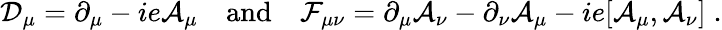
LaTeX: \mathcal{D}_{\mu}=\partial_{\mu}-ie\mathcal{A}_{\mu}\quad\mathrm{and}\quad\mathcal{F}_{\mu\nu}=\partial_{\mu}\mathcal{A}_{\nu}-\partial_{\nu}\mathcal{A}_{\mu}-ie[\mathcal{A}_{\mu},\mathcal{A}_{\nu}]\; .